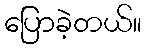
ပြောခဲ့တယ်။